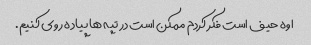
اوه حیف است فکر کردم ممکن است در تپه ها پیاده روی کنیم.